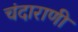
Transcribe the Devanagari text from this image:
चंदाराणी